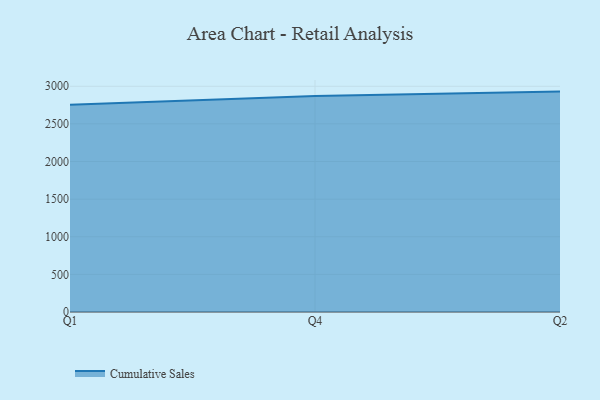
{"axis": {"x": "Quarter", "y": "Budget (USD K)"}, "legend": ["Cumulative Sales"], "data": [{"x": "Q1", "y": 2753.2, "type": "Cumulative Sales"}, {"x": "Q4", "y": 2870.8, "type": "Cumulative Sales"}, {"x": "Q2", "y": 2929.1, "type": "Cumulative Sales"}]}